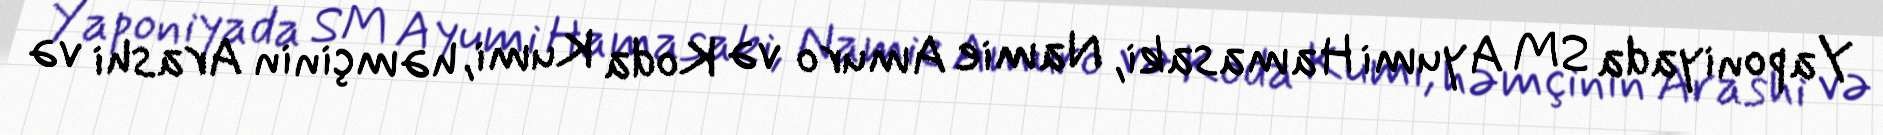
Yaponiyada SM Ayumi Hamasaki, Namie Amuro və Koda Kumi, həmçinin Arashi və